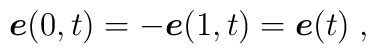
{\mbox{\boldmath $e$}}(0,t)= -{\mbox{\boldmath $e$}}(1,t)= {\mbox{\boldmath $e$}}(t)\;,